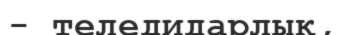
- теледидарлық,